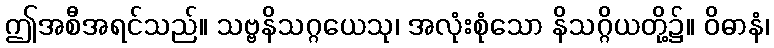
ဤအစီအရင်သည်။ သဗ္ဗနိသဂ္ဂယေသု၊ အလုံးစုံသော နိသဂ္ဂိယတို့၌။ ဝိဓာနံ၊